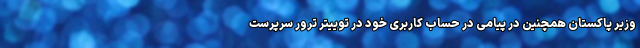
وزیر پاکستان همچنین در پیامی در حساب کاربری خود در توییتر ترور سرپرست